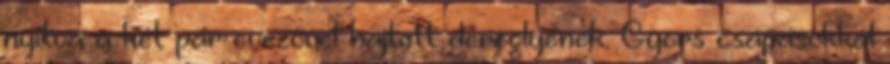
nyitva a két pár evezővel hajtott dereglyének. Gyors csapásokkal